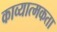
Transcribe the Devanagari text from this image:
काव्‍यात्‍मकता